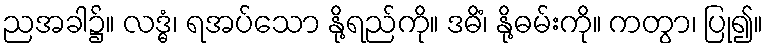
ညအခါ၌။ လဒ္ဓံ၊ ရအပ်သော နို့ရည်ကို။ ဒဓိံ၊ နို့ဓမ်းကို။ ကတွာ၊ ပြု၍။